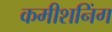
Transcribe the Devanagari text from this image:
कमीशनिंग